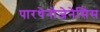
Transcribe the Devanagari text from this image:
पारथेनोजेनेसिस